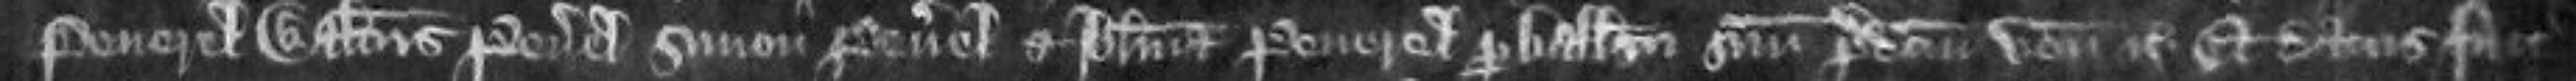
Peverel Walterus Peverel Simon Peverel et Johanna Peverel per ballivum suum predictum venerunt etc Et datus fuit